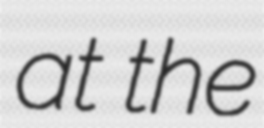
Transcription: at the